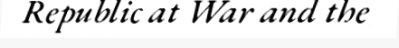
Republic at War and the